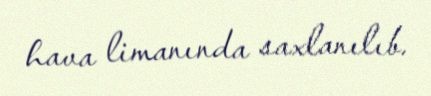
hava limanında saxlanılıb.